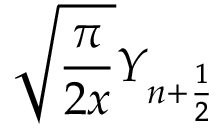
\sqrt { \frac { \pi } { 2 x } } Y _ { n + \frac { 1 } { 2 } }